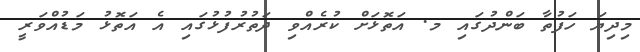
މިދިޔަ ހަފުތާ ބަންދުގައި މ. އަތޮޅަށް ކުރެއްވި ދަތުރުފުޅުގައި އެ އަތޮޅު މަޑުއްވަރީ